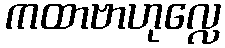
ကထာဗာဟုလ္လေ